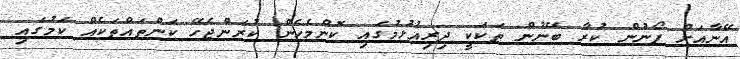
އޭނާއަށް ފޯނުން ކުރާ ބޭނުން ތަކަކީ ދިރިއުޅުމުގައި ކޮންމެހެން ކުރަންޖެހޭ ކަންތައްތަކެއް ކަމުގައި